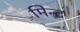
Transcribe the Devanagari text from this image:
मिन्‍ट